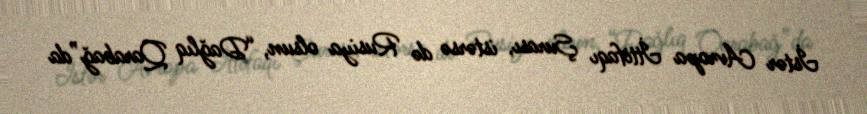
İstər Avropa İttifaqı Şurası, istərsə də Rusiya olsun, “Dağlıq Qarabağ”da